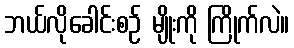
ဘယ်လိုခေါင်းစဉ် မျိုးကို ကြိုက်လဲ။